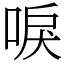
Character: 唳